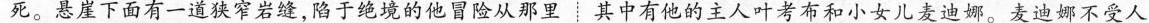
死。悬崖下面有一道狭窄岩缝，陷于绝境的他冒险从那里其中有他的主人叶考布和小女儿麦迪娜。麦迪娜不受人